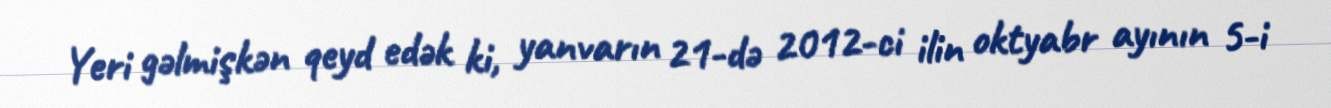
Yeri gəlmişkən qeyd edək ki, yanvarın 21-də 2012-ci ilin oktyabr ayının 5-i